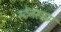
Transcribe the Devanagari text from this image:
स्टेनस्ट्रम